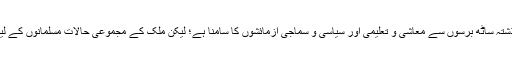
حصولِ آزادی کے بعد بھی گو مسلمانوں کو اس ملک میں مسلسل گذشتہ ساٹھ برسوں سے معاشی و تعلیمی اور سیاسی و سماجی آزمائشوں کا سامنا ہے؛ لیکن ملک کے مجموعی حالات مسلمانوں کے لیے اگر ہمت افزا نہیں تو کم از کم مایوس کن اور دل شکن بھی نہیں۔